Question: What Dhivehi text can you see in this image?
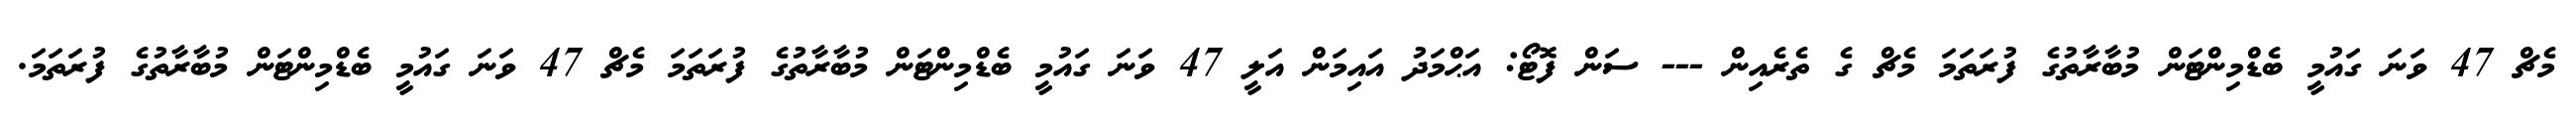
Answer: މެޗް 47 ވަނަ ގައުމީ ބެޑްމިންޓަން މުބާރާތުގެ ފުރަތަމަ މެޗް ގެ ތެރެއިން --- ސަން ފޮޓޯ: އަޙްމަދު އައިމަން އަލީ 47 ވަނަ ގައުމީ ބެޑްމިންޓަން މުބާރާތުގެ ފުރަތަމަ މެޗް 47 ވަނަ ގައުމީ ބެޑްމިންޓަން މުބާރާތުގެ ފުރަތަމަ.